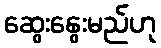
ဆွေးနွေးမည်ဟု